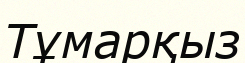
Тұмарқыз